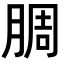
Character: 𬛅